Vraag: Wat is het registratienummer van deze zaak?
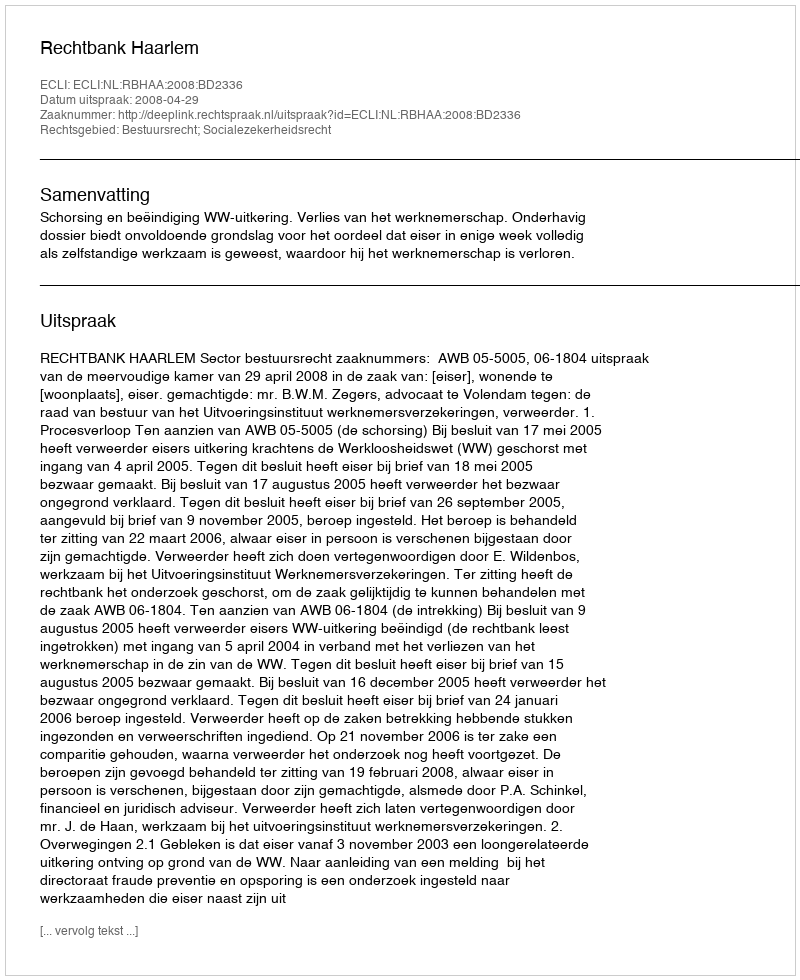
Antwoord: http://deeplink.rechtspraak.nl/uitspraak?id=ECLI:NL:RBHAA:2008:BD2336